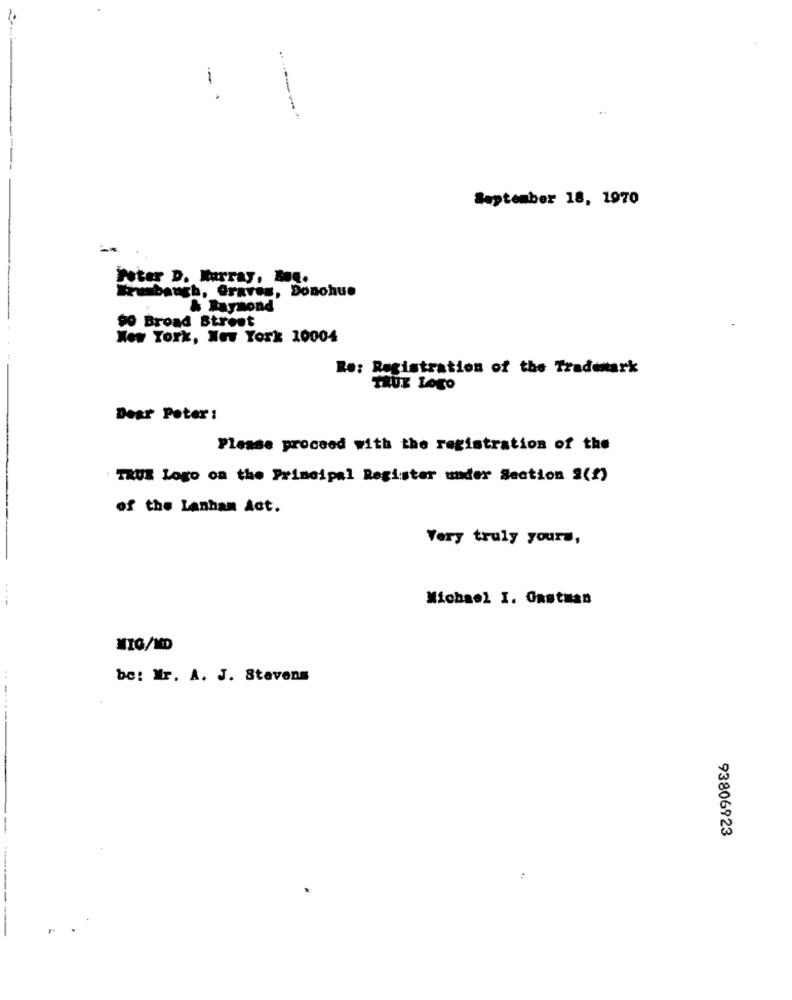
-.
September 18, 1970
Peter D. Murray, But.
Trubausb, Graves, Donohue
& Raymond
90 Broad Street
New York, New York 10004
Re: Registration of the Trademark
TRUE Logo
Dear Poter :
Please proceed with the registration of the
TRUE Logo on the Principal Register under Section 2(?)
of the Lanham Act.
Very truly yours,
----
Michael I. Onstaan
MIG/MD
be: Mr. A. J. Stevens
..-...--
93806923